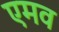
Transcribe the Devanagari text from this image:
एमव